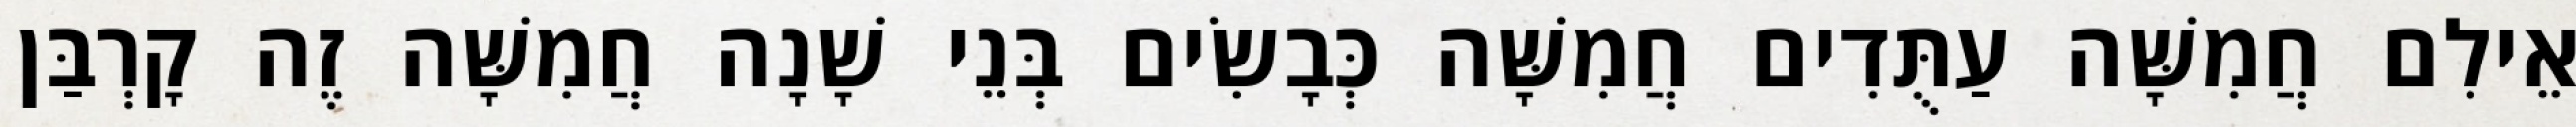
אֵילִם חֲמִשָּׁה עַתֻּדִים חֲמִשָּׁה כְּבָשִׂים בְּנֵי שָׁנָה חֲמִשָּׁה זֶה קָרְבַּן